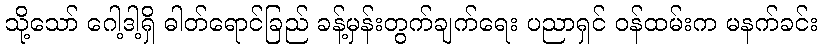
သို့သော် ဂေါ့ဒါ့ရှိ ဓါတ်ရောင်ခြည် ခန့်မှန်းတွက်ချက်ရေး ပညာရှင် ဝန်ထမ်းက မနက်ခင်း